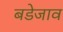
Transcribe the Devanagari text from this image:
बडेजाव